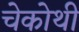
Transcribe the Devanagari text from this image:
चेकोथी